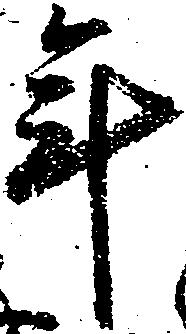
年